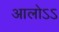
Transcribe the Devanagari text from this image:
आलोऽऽ